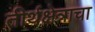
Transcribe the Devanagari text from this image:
तीर्थक्षेत्राचा